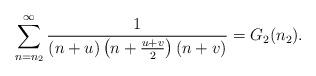
\begin{align*}\sum_{n=n_2}^{\infty}\frac{1}{(n+u)\left(n+\frac{u+v}{2}\right)\left(n+v\right)}=G_2(n_2).\end{align*}